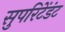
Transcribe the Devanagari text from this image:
सुपरिटेंडंट